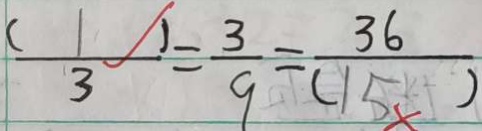
\frac { ( 1 ) } { 3 } = \frac { 3 } { 9 } = \frac { 3 6 } { ( 1 5 ) }